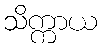
သိက္ကာယ